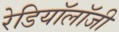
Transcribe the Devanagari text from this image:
रेडियॉलॉजी